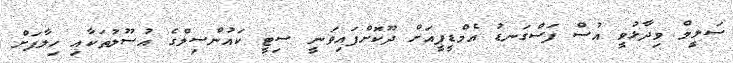
ސަލީމް ވިދާޅުވީ އުސް ފަސްގަނޑު އެމްޑީޕީއަށް ދޫކޮށްފައިވަނީ ސިޓީ ކައުންސިލްގެ އުސޫލުތަކާއި ހިލާފަށް